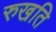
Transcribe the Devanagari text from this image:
रुखति